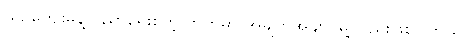
ယဉ်ကျေးမှုနဲ့ ပညာရေးစတဲ့ ဘက်မှာ အချက်အချာ မြို့လည်းဖြစ်ပါတယ်။